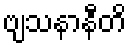
ဗျသနာနီတိ